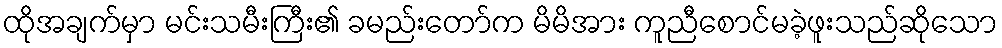
ထိုအချက်မှာ မင်းသမီးကြီး၏ ခမည်းတော်က မိမိအား ကူညီစောင်မခဲ့ဖူးသည်ဆိုသော